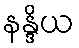
နန္ဒိယ